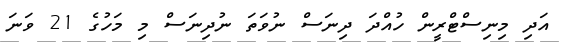
އަދި މިނިސްޓްރީން ހުއްދަ ދިނަސް ނުވަތަ ނުދިނަސް މި މަހުގެ 21 ވަނަ